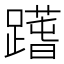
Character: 𨅱